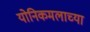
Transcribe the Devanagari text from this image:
योनिकमलाच्या